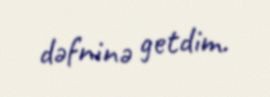
dəfninə getdim.